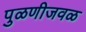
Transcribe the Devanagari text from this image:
पुळणीजवळ